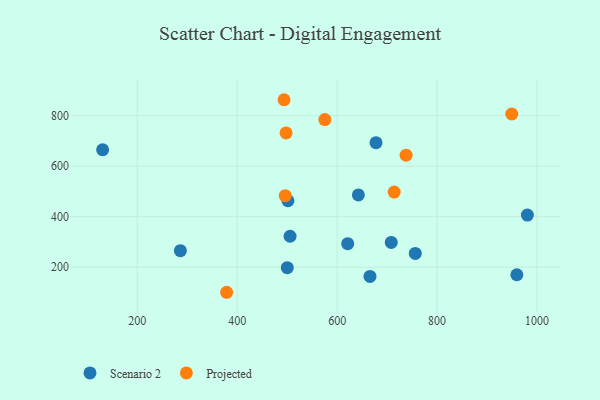
{"axis": {"x": "Investment", "y": "Sales"}, "legend": ["Projected", "Scenario 2"], "data": [{"x": "621.2", "y": 293.0, "type": "Scenario 2"}, {"x": "505.8", "y": 322.5, "type": "Scenario 2"}, {"x": "959.6", "y": 169.8, "type": "Scenario 2"}, {"x": "500.2", "y": 197.9, "type": "Scenario 2"}, {"x": "642.5", "y": 486.3, "type": "Scenario 2"}, {"x": "286.3", "y": 265.1, "type": "Scenario 2"}, {"x": "677.8", "y": 693.3, "type": "Scenario 2"}, {"x": "130.7", "y": 665.3, "type": "Scenario 2"}, {"x": "980.7", "y": 406.2, "type": "Scenario 2"}, {"x": "756.4", "y": 254.2, "type": "Scenario 2"}, {"x": "665.7", "y": 163.2, "type": "Scenario 2"}, {"x": "501.6", "y": 463.1, "type": "Scenario 2"}, {"x": "708.3", "y": 297.9, "type": "Scenario 2"}, {"x": "378.9", "y": 100.4, "type": "Projected"}, {"x": "738.0", "y": 643.7, "type": "Projected"}, {"x": "496.1", "y": 483.4, "type": "Projected"}, {"x": "575.4", "y": 784.8, "type": "Projected"}, {"x": "493.8", "y": 863.5, "type": "Projected"}, {"x": "497.8", "y": 732.0, "type": "Projected"}, {"x": "714.2", "y": 497.5, "type": "Projected"}, {"x": "949.5", "y": 806.9, "type": "Projected"}]}